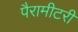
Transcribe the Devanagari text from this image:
पैरामीटरी